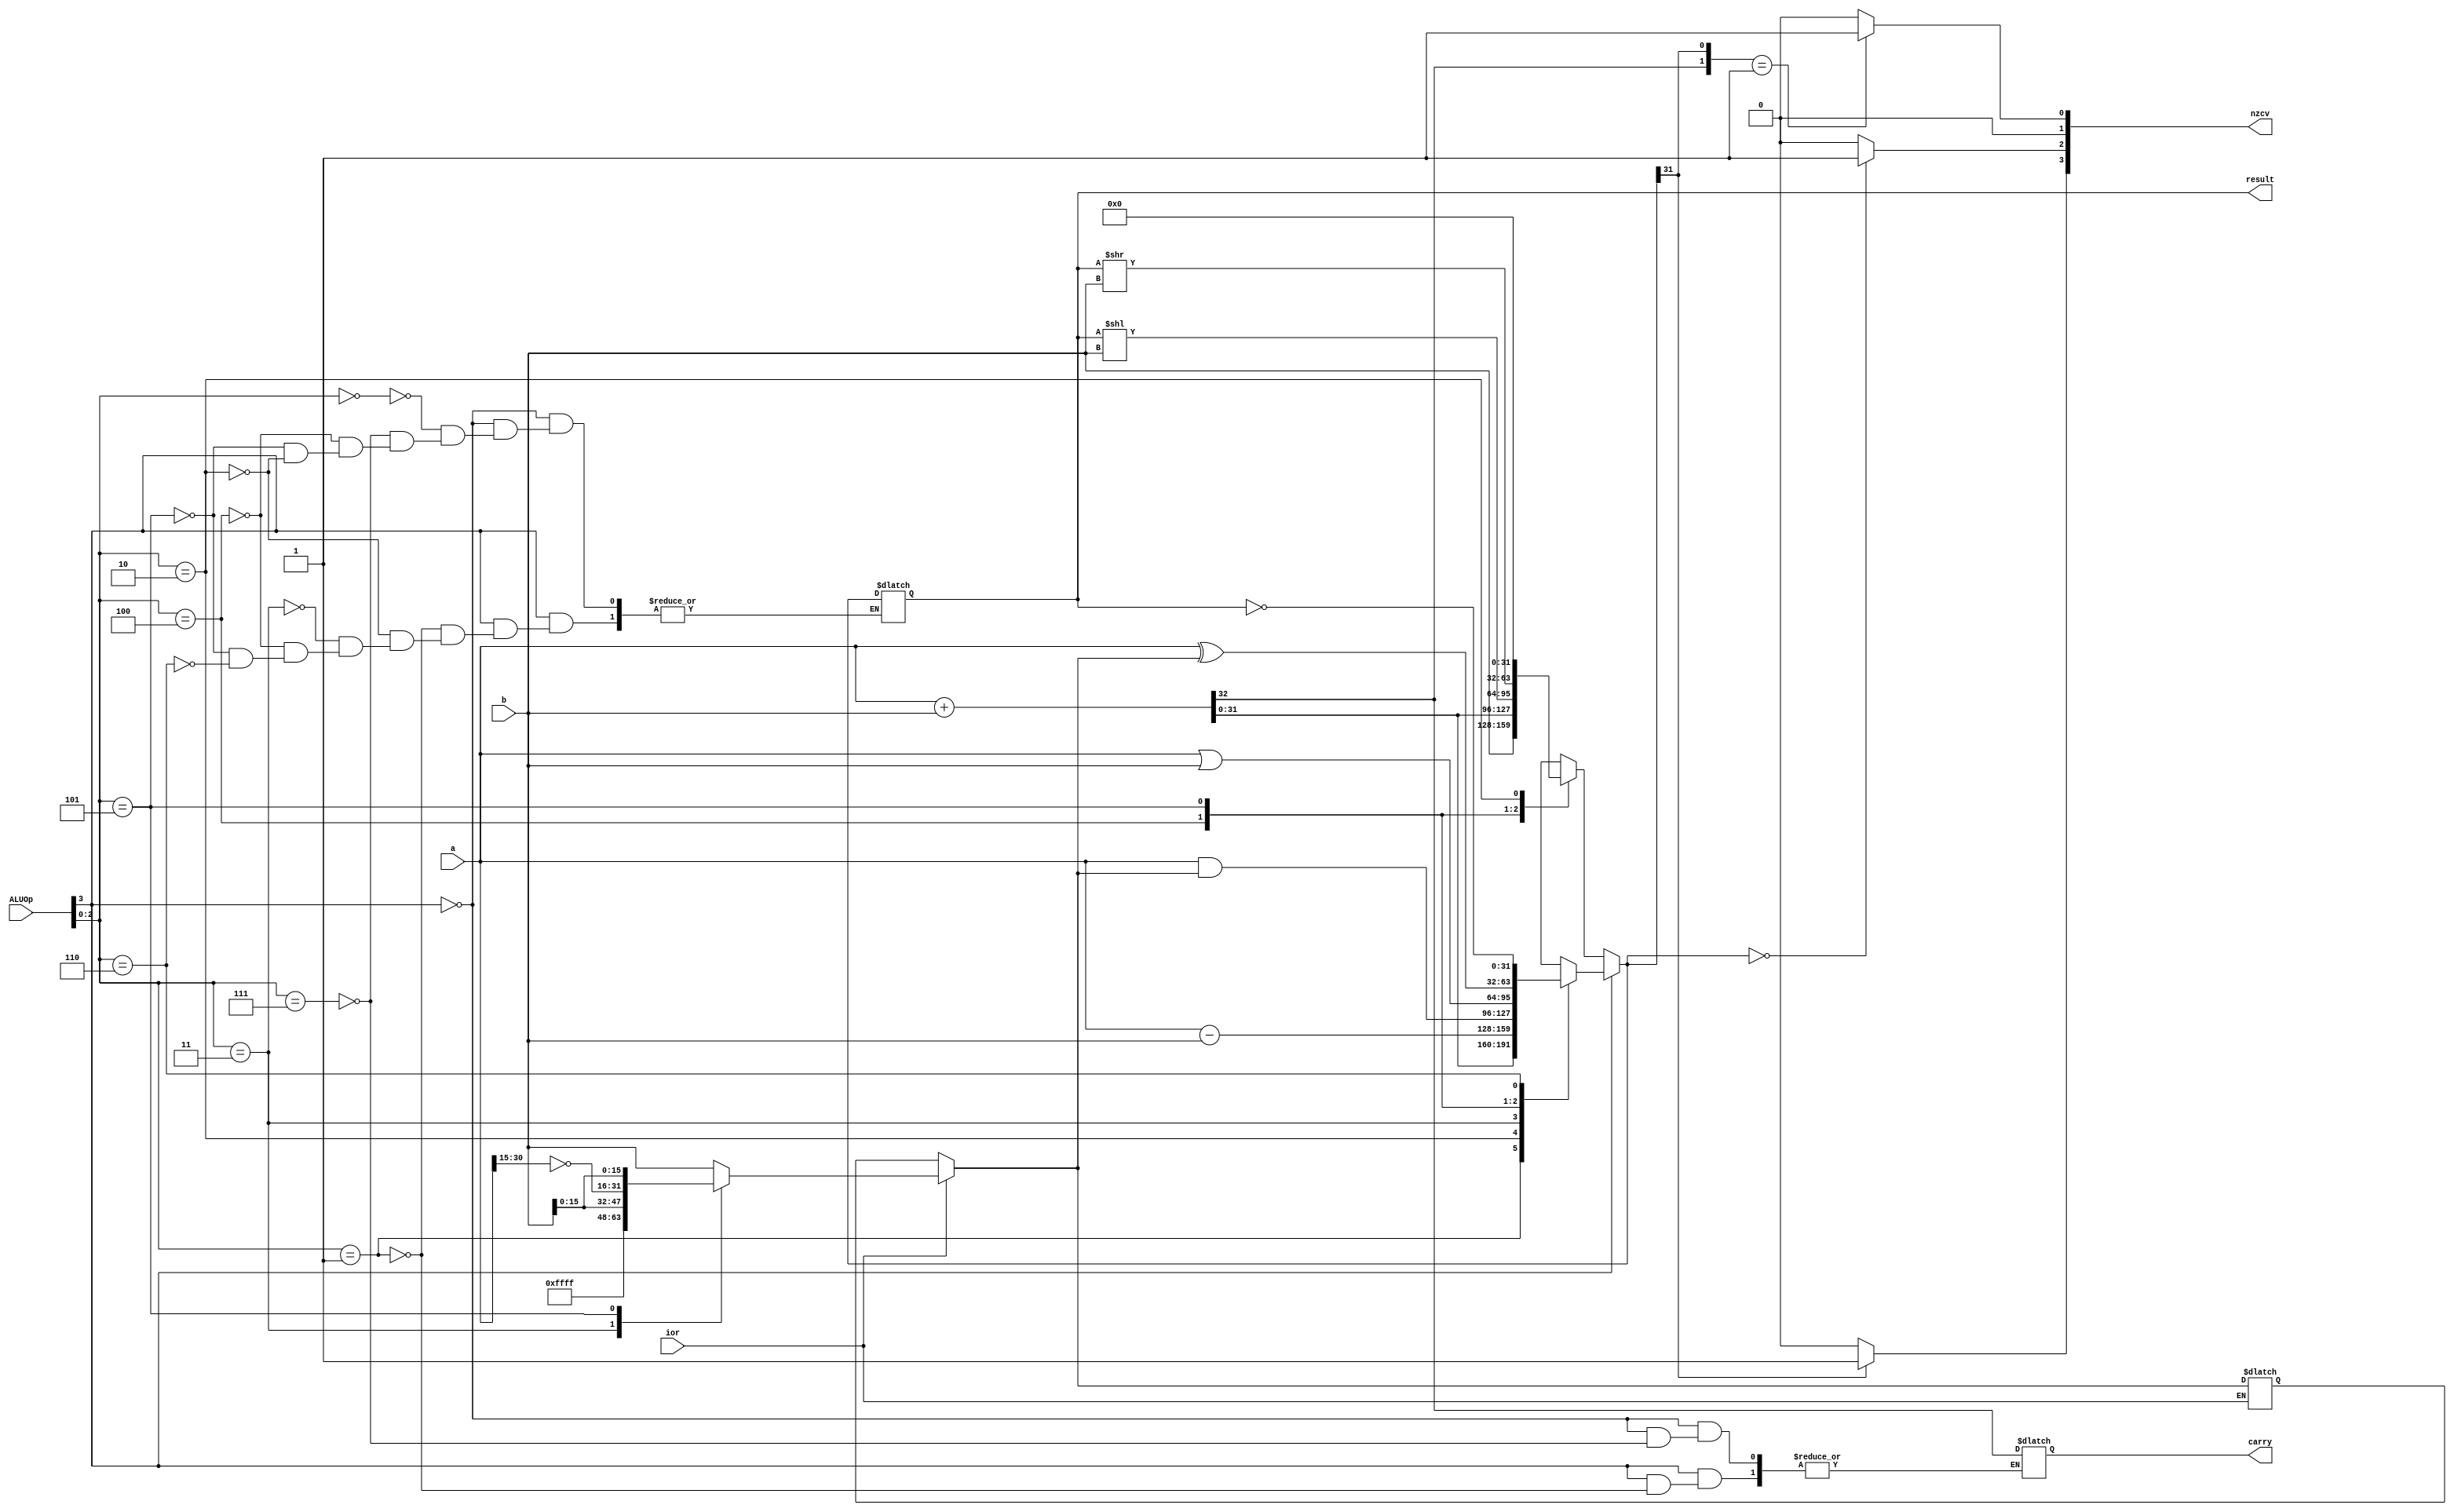
module NewALU
(
    input [31:0] a, b, // input
    input [3:0] ALUOp, // control
    input ior, // immediate or register
    output reg carry, // carry
    output reg [31:0] result, // output
    output reg [3:0] nzcv // 4 different flags
);

reg [31:0] b_mask = 32'h0000_0000;

always @(*) 
begin
    
    nzcv = 4'b0000; // default 

    case (ior)
        1'b1: // incoming is imm offset (16 bits)
            // default the top is padded with zeros
            case (ALUOp[2:0]) 
                3'b011: // a & b
                    b_mask = {16'hFFFF, b[15:0]}; // mask top half with 1's
                3'b101: // a ^ b
                    b_mask = {~a[31:15], b[15:0]}; // mask top half with the invert of reg a info
                default:
                    b_mask = b; // no change
            endcase
    endcase

    case (ALUOp[3])
        1'b1:
            begin
                case(ALUOp[2:0]) // ALU
                    3'b001: 
                        {carry, result} = a + b; // add
                    3'b010: 
                        result = a - b; // sub
                    3'b011: 
                        result = a & b_mask; // and
                    3'b100: 
                        result = a | b; // or
                    3'b101: 
                        result = a ^ b_mask; // xor
                    3'b110: 
                        result = ~result; // not
                    default:
                        result = result; 
                endcase
            end
        1'b0:
            begin
                case(ALUOp[2:0]) // Special
                    3'b000: // pass
                        result = b; // passes in whatever result that is being inputted
                    3'b111: // signed adding
                        {carry, result} = a + b; // signed adding
                    3'b100: 
                        result = result << b; // left shift by imm
                    3'b101:
                        result = result >> b; // right shift by imm
                    3'b010:
                        result = 32'h0000_0000; // clear result 
                    default:
                        result = result; 
                endcase
            end
    endcase

    if (result[31] == 1'b1) begin // neg
        nzcv[3] = 1'b1; // n = 1 if first bit is one (2's complement)
    end 

    if (result == 32'b0) begin // zero
        nzcv[2] = 1'b1; // z = 1 if result is all zero
    end 

    if ({carry, result[31]} == 2'b01) begin // overflow
        nzcv[0] = 1'b1; // v = 1 if the msb in the result is changed but there is no carry out
    end 

end
endmodule